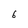
Character: 6